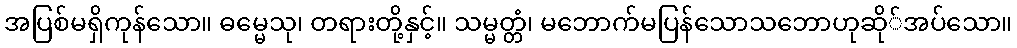
အပြစ်မရှိကုန်သော။ ဓမ္မေသု၊ တရားတို့နှင့်။ သမ္မတ္တံ၊ မဘောက်မပြန်သောသဘောဟုဆို်အပ်သော။